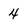
Character: 4